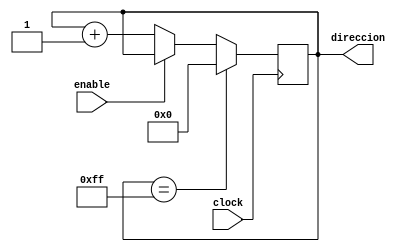
`timescale 1ns / 1ps

module cont_1(
input clock,
input enable,
output reg [7:0]direccion
);

always @(posedge clock)
if (direccion == 255) direccion= 'b00000000;
else  if(~enable) direccion = direccion +1;

endmodule